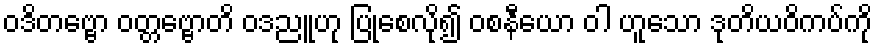
ဝဒိတဗ္ဗော ဝတ္တဗ္ဗောတိ ဝဒညူဟု ပြုစေလို၍ ဝစနီယော ဝါ ဟူသော ဒုတိယဝိကပ်ကို